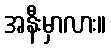
အနီးမှာလား။